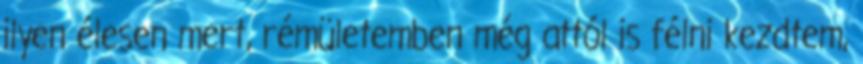
ilyen élesen mert, rémületemben még attól is félni kezdtem,